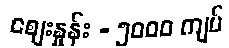
စျေးနှုန်း - ၅၀၀၀ ကျပ်